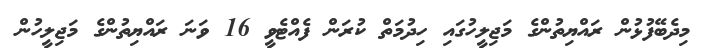
މިދެބޭފުޅުން ރައްޔިތުންގެ މަޖިލީހުގައި ހިދުމަތް ކުރަން ފެއްޓެވީ 16 ވަނަ ރައްޔިތުންގެ މަޖިލީހުން